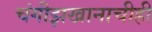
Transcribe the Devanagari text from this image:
चंगीझखानाचीही